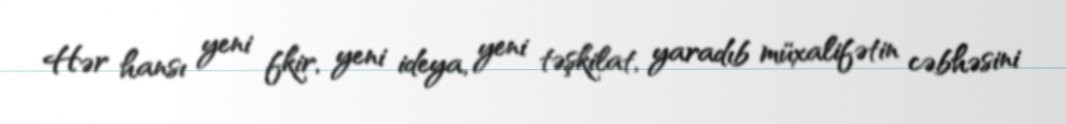
Hər hansı yeni fkir, yeni ideya, yeni təşkilat, yaradıb müxalifətin cəbhəsini